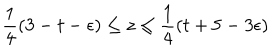
\frac { 1 } { 4 } ( 3 - t - \epsilon ) \leq z \leq \frac { 1 } { 4 } ( t + 5 - 3 \epsilon )